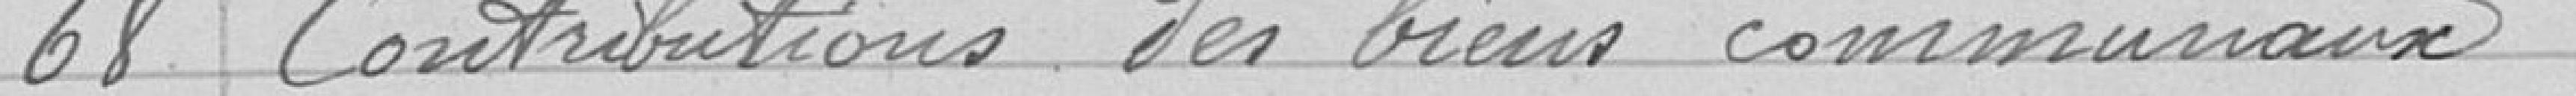
68 Contributions des biens communaux